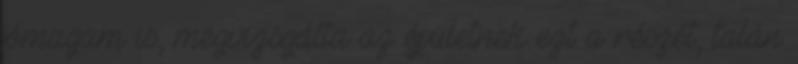
jómagam is, megvizsgálta az épületnek ezt a részét, talán